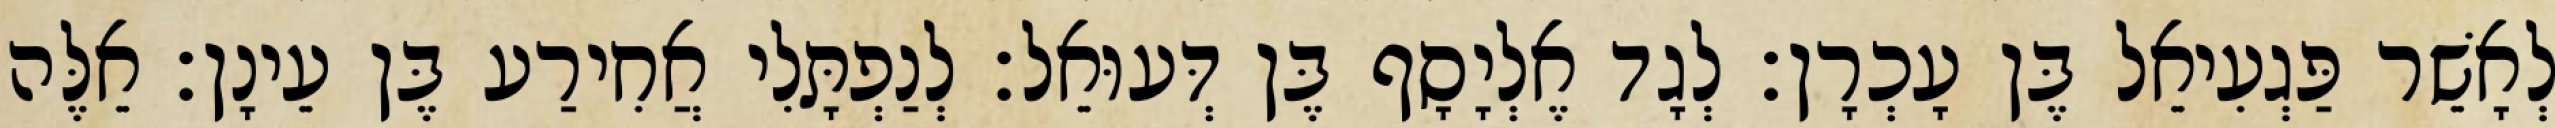
לְאָשֵׁר פַּגְעִיאֵל בֶּן עָכְרָן׃ לְגָד אֶלְיָסָף בֶּן דְּעוּאֵל׃ לְנַפְתָּלִי אֲחִירַע בֶּן עֵינָן׃ אֵלֶּה